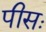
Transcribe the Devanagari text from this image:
पीसः